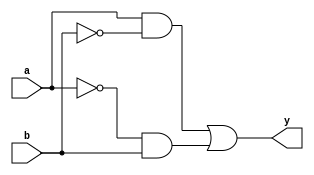
module xor_gate_pass_gates (
    input wire a,
    input wire b,
    output wire y
);

wire p1, p2;

assign p1 = a & ~b;
assign p2 = ~a & b;

assign y = p1 | p2;

endmodule